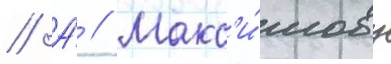
// А́ // Макс'и́мову